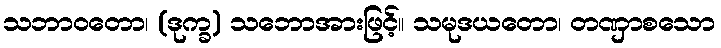
သဘာဝတော၊ (ဒုက္ခ) သဘောအားဖြင့်။ သမုဒယတော၊ တဏှာစသော